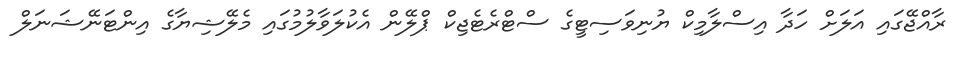
ރާއްޖޭގައި އަލަށް ހަދާ އިސްލާމިކް ޔުނިވަސިޓީގެ ސްޓްރެޓެޖިކް ޕްލޭން އެކުލަވާލުމުގައި މެލޭޝިޔާގެ އިންޓަނޭޝަނަލް